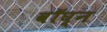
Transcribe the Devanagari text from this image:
वॉघ्न